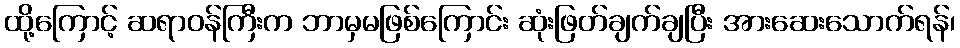
ထို့ကြောင့် ဆရာဝန်ကြီးက ဘာမှမဖြစ်ကြောင်း ဆုံးဖြတ်ချက်ချပြီး အားဆေးသောက်ရန်၊